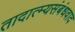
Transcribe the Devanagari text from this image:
तादात्म्यसंबंधवाद